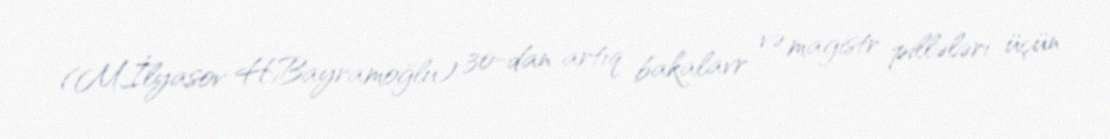
(M.İlyasov H.Bayramoğlu) 30-dan artıq bakalavr və magistr pillələri üçün